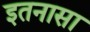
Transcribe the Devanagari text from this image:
इतनासा